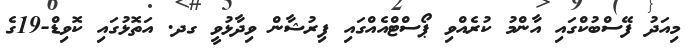
މިއަދު ފޭސްބުކްގައި އާންމު ކުރެއްވި ޕޯސްޓްއެއްގައި ފިރުޝާން ވިދާޅުވީ ގދ. އަތޮޅުގައި ކޮވިޑް-19ގެ